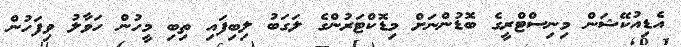
އެޑިއުކޭޝަން މިނިސްޓްރީގެ ބޮޑުންނަށް މިޑޮކްޓަރުންގެ ލަގަބު ލިބިފައި ތިބި މީހުން ހަވާލު ވިފަހުން